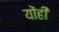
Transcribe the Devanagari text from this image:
योंही